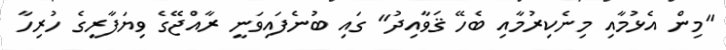
"މިން އެޅުމާއި މިނެކިރުމާއި ބެހޭ ޤަވާއިދު" ގައި ބުނެފައިވަނީ ރާއްޖޭގެ ވިޔަފާރީގެ ހުރިހާ